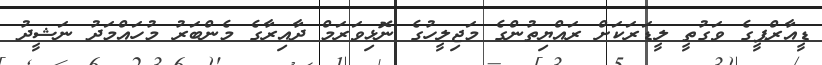
ޑީއާރްޕީގެ ވަގުތީ ލީޑަރަކަށް ރައްޔިތުންގެ މަޖިލީހުގެ ނޮޅިވަރަމް ދާއިރާގެ މެންބަރު މުހައްމަދު ނަޝީދު